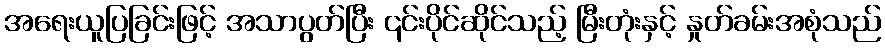
အရေးယူပြခြင်းဖြင့် အသာပွတ်ပြီး ၎င်းပိုင်ဆိုင်သည့် မြီးတုံးနှင့် နှုတ်ခမ်းအစုံသည်